Annual report of the Imperial Bacteriological Laboratory, Muktesar
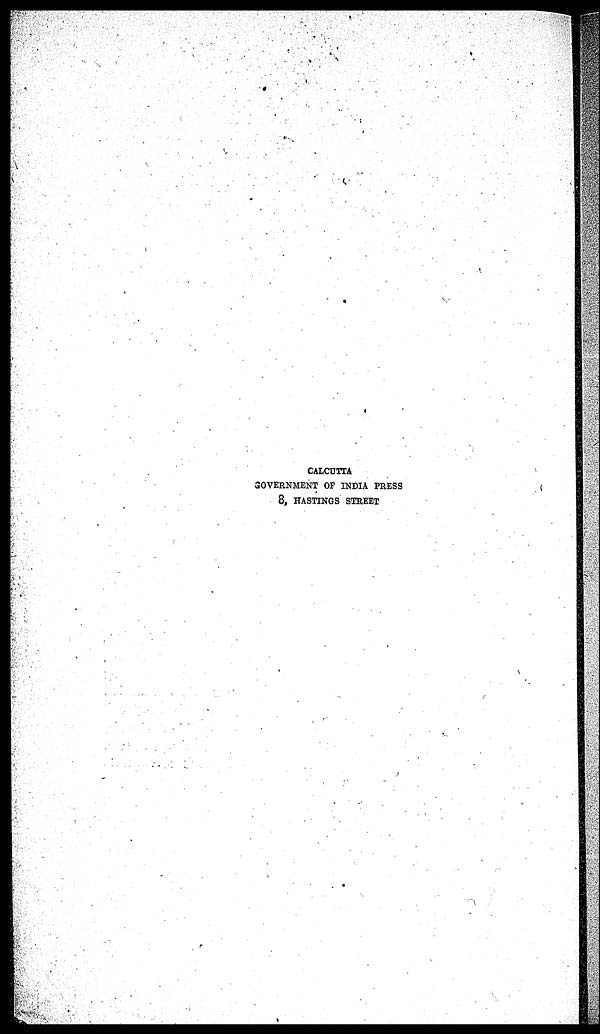
CALCUTTA
GOVERNMENT OF INDIA PRESS
8, HASTINGS STREET